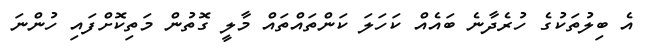
އެ ބިލުތަކުގެ ހުރެދާނެ ބައެއް ކަހަލަ ކަންތައްތައް މާލީ ގޮތުން މަތިކޮށްފައި ހުންނަ